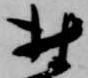
村